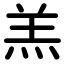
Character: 羔